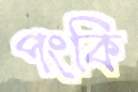
পংকি